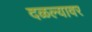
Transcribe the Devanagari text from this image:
दळल्यावर